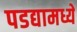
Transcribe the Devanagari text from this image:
पडद्यामध्ये